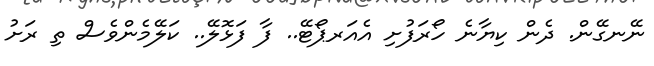
ނޭނގޭން. ދެން ކިޔާނެ ހޯރަފުށި އެއަރޕޯޓޭ.. ފާ ފަޅޮލޭ.. ކަލޭމެންވެސް ތި ރަށު